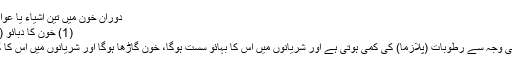
دورانِ خون میں تین اشیاء یا عوامل کار فرما ہیں، جو یہ ہیں :
(1) خون کا دبائو (2) خون کا بہائو (3) رکاوٹ
خون کا دباؤ:خون میں دبائو کی وجہ سے رطوبات (پلازما) کی کمی ہوتی ہے اور شریانوں میں اس کا بہائو سست ہوگا، خون گاڑھا ہوگا اور شریانوں میں اس کا گزر مشکل ہوتا چلا جائے گا۔